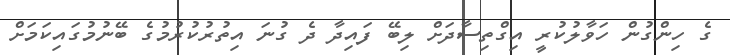
ގެ ހިންގުން ހަވާލުކުރީ އިގްތިސާދަށް ލިބޭ ފައިދާ ދެ ގުނަ އިތުރުކުރުމުގެ ބޭނުމުގައިކަމަށް